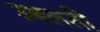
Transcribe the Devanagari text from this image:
उबलती